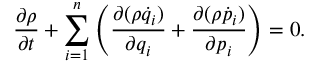
{ \frac { \partial \rho } { \partial t } } + \sum _ { i = 1 } ^ { n } \left( { \frac { \partial ( \rho { \dot { q } } _ { i } ) } { \partial q _ { i } } } + { \frac { \partial ( \rho { \dot { p } } _ { i } ) } { \partial p _ { i } } } \right) = 0 .